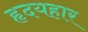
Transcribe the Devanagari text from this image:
हृदयहार